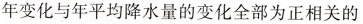
年变化与年平均降水量的变化全部为正相关的